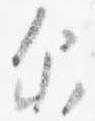
示